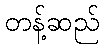
တန့်ဆည်